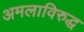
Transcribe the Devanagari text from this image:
अमलाविरुद्ध